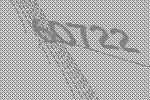
60722